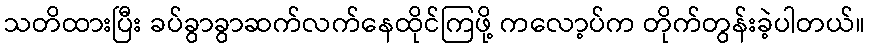
သတိထားပြီး ခပ်ခွာခွာဆက်လက်နေထိုင်ကြဖို့ ကလော့ပ်က တိုက်တွန်းခဲ့ပါတယ်။